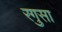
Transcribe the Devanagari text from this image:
रगुसा